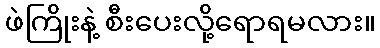
ဖဲကြိုးနဲ့ စီးပေးလို့ရောရမလား။